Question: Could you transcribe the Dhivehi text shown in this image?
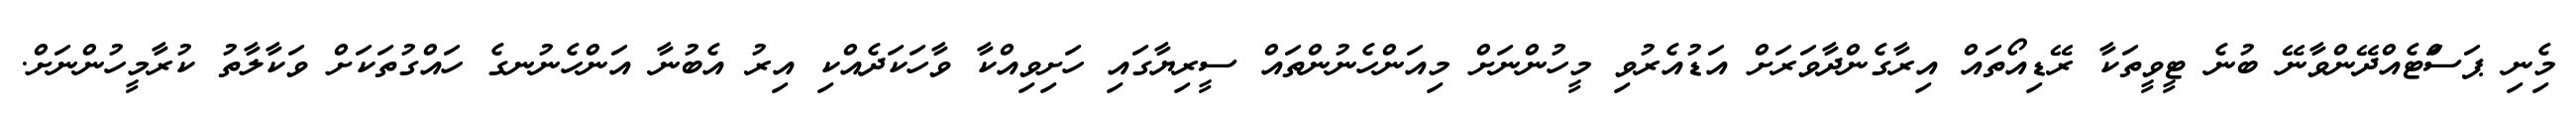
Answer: މިެނި ޕަސަްޓެއްދޭންވާނޭ ބުނެ ޓީވީތަކާ ރޭޑިއޯތައް އިރާގެންދާވަރަށް އަޑުއެރުވި މީހުންނަށް މިއަންހެނުންތައް ސީރިޔާގައި ހަށިވިއްކާ ވާހަކަދެއްކި އިރު އެބުނާ އަންހެނުނގެ ހައްގުތަކަށް ވަކާލާތު ކުރާމީހުންނަށް.